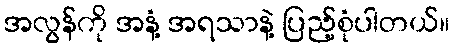
အလွန်ကို အနံ့ အရသာနဲ့ ပြည့်စုံပါတယ်။